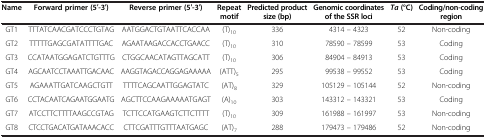
| Name | Forward primer (5′-3′) | Reverse primer (5′-3′) | Repeat motif | Predicted product size (bp) | Genomic coordinates of the SSR loci | Ta (°C) | Coding/non-coding region |
 | --- | --- | --- | --- | --- | --- | --- | --- |
 | GT1 | TTTATCAACGATCCCTGTAG | AATGGACTGTAATTCACCAA | (T)10 | 336 | 4314 – 4323 | 52 | Non-coding |
 | GT2 | TTTTTGAGCGATATTTTGAC | AGAATAAGACCACCTGAACC | (T)10 | 310 | 78590 – 78599 | 53 | Coding |
 | GT3 | CCATAATGGAGATCTGTTTG | CTGGCAACATAGTTAGCATT | (T)10 | 306 | 84904 – 84913 | 53 | Coding |
 | GT4 | AGCAATCCTAAATTGACAAC | AAGGTAGACCAGGAGAAAAA | (ATT)5 | 295 | 99538 – 99552 | 53 | Coding |
 | GT5 | AGAAATTGATCAAGCTGTT | TTTTCAGCAATTGGAGTATC | (AT)8 | 329 | 105129 – 105144 | 52 | Non-coding |
 | GT6 | CCTACAATCAGAATGGAATG | AGCTTCCAAGAAAAATGAGT | (A)10 | 303 | 143312 – 143321 | 53 | Coding |
 | GT7 | ATCCTTCTTTTAAGCCGTAG | TCTTCCATGAAGTCTTCTTTT | (T)10 | 309 | 161988 – 161997 | 53 | Non-coding |
 | GT8 | CTCCTGACATGATAAACACC | CTTCGATTTGTTTAATGAGC | (AT)7 | 288 | 179473 – 179486 | 52 | Non-coding |